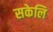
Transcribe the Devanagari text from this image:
सकेलि